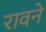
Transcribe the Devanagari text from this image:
रावने